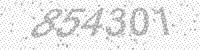
Solution: 854301